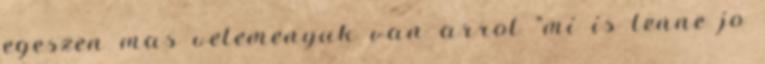
egeszen mas velemenyuk van arrol "mi is lenne jo